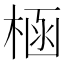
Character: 㮀